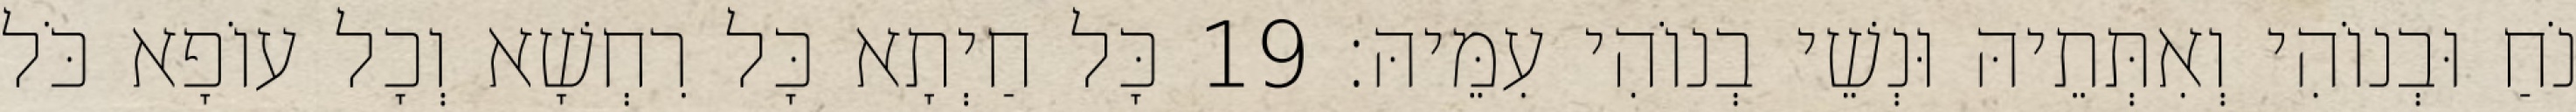
נֹחַ וּבְנוֹהִי וְאִתְּתֵיהּ וּנְשֵׁי בְנוֹהִי עִמֵּיהּ׃ 19 כָּל חַיְתָא כָּל רִחְשָׁא וְכָל עוֹפָא כֹּל